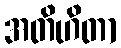
အတိဟိတာ